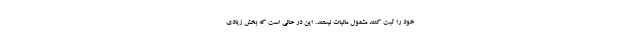
خود را ثبت کنند مشمول مالیات نیستند. این در حالی است که بخش زیادی